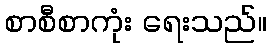
စာစီစာကုံး ရေးသည်။